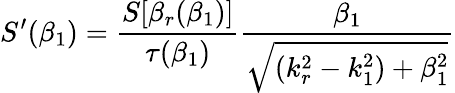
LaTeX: S^{\prime}(\beta_{1})=\frac{S[\beta_{r}(\beta_{1})]}{\tau(\beta_{1})}\frac{\beta_{1}}{\sqrt{(k_{r}^{2}-k_{1}^{2})+\beta_{1}^{2}}}